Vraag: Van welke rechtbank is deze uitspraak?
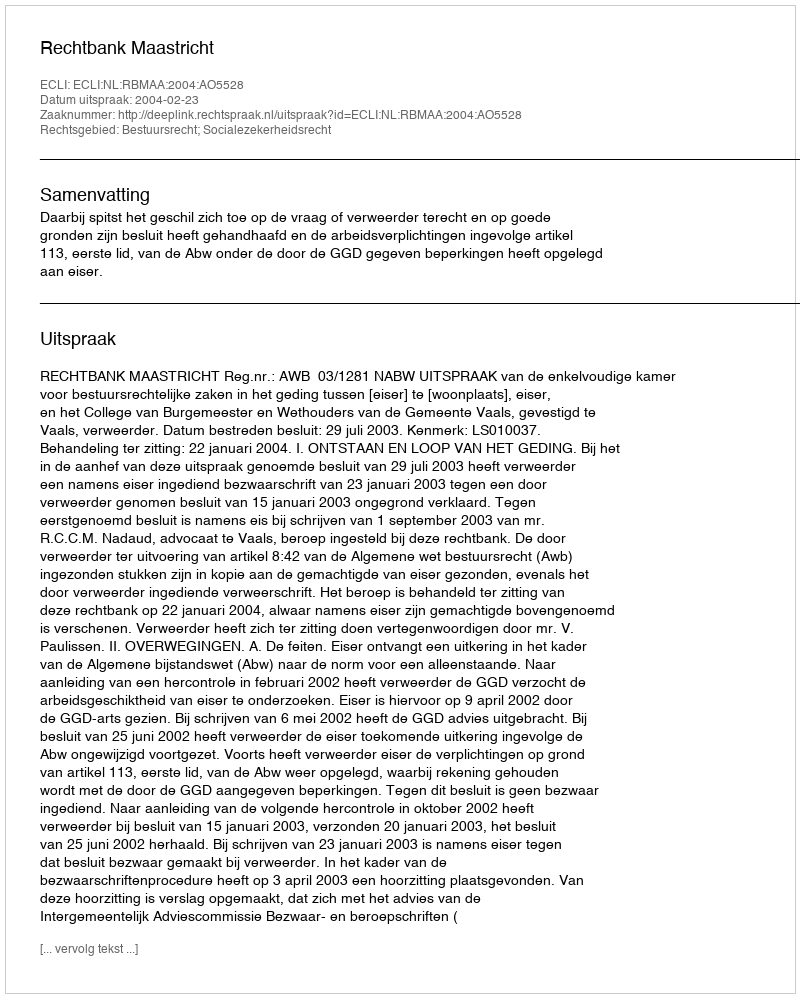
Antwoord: Rechtbank Maastricht